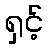
ရှင့်